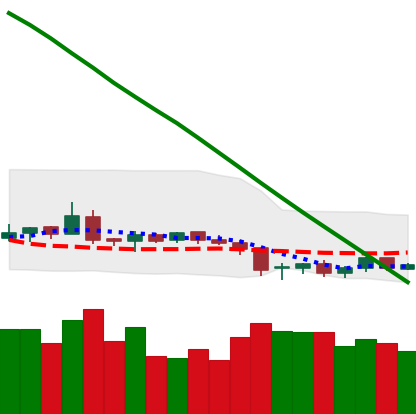
Ticker: NEO-USD
Chart end date: 2019-02-04
Forward return: 8.151%
Label: up_7plus